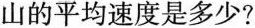
山的平均速度是多少?